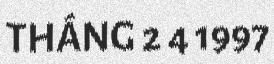
THÁNG 2 4 1997